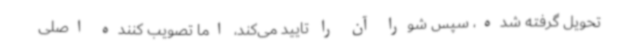
تحویل گرفته شده، سپس شورا آن را تایید می‌کند، اما تصویب کننده اصلی